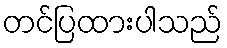
တင်ပြထားပါသည်